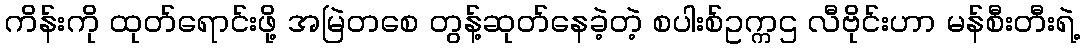
ကိန်းကို ထုတ်ရောင်းဖို့ အမြဲတစေ တွန့်ဆုတ်နေခဲ့တဲ့ စပါးစ်ဥက္ကဌ လီဗိုင်းဟာ မန်စီးတီးရဲ့